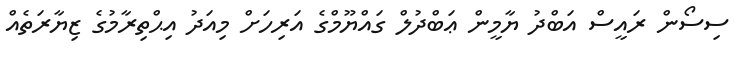
ސިސޯން ރައީސް އަބްދު ޔާމީން ޢަބްދުލް ގައްޔޫމްގެ އަރިހަށް މިއަދު އިޙްތިރާމުގެ ޒިޔާރަތެއް